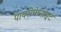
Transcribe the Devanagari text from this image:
पायरोफेनाइट